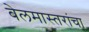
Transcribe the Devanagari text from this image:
बेलमास्तरांचा